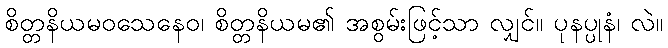
စိတ္တနိယမဝသေနေဝ၊ စိတ္တနိယမ၏ အစွမ်းဖြင့်သာ လျှင်။ ပုနပ္ပုနံ၊ လဲ။